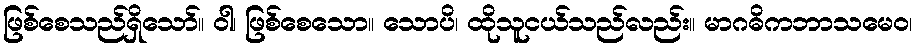
ဖြစ်စေသည်ရှိသော်။ ဝါ၊ ဖြစ်စေသော။ သောပိ၊ ထိုသူငယ်သည်လည်း။ မာဂဓိကဘာသမေဝ၊